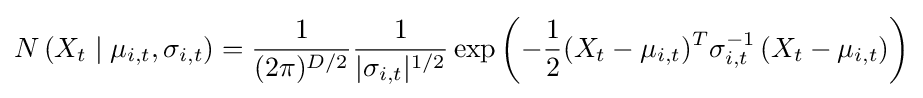
N\left(X_{t}\mid \mu _{i,t},\sigma _{i,t}\right)={\dfrac {1}{(2\pi )^{D/2}}}{1 \over |\sigma _{i,t}|^{1/2}}\exp \left(-{1 \over 2}(X_{t}-\mu _{i,t})^{T}\sigma _{i,t}^{-1}\left(X_{t}-\mu _{i,t}\right)\right)